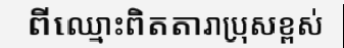
ពីឈ្មោះពិតតារាប្រុសខ្ពស់